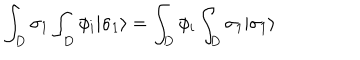
\int _ { D } \sigma _ { 1 } \int _ { D } \phi _ { i } | \sigma _ { 1 } \rangle = \int _ { D } \phi _ { i } \int _ { D } \sigma _ { 1 } | \sigma _ { 1 } \rangle \,